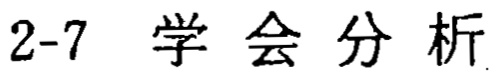
2-7 学会分析